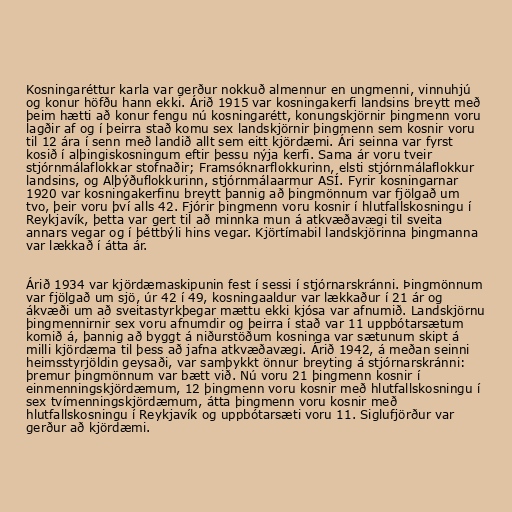
Kosningaréttur karla var gerður nokkuð almennur en ungmenni, vinnuhjú
og konur höfðu hann ekki. Árið 1915 var kosningakerfi landsins breytt með
þeim hætti að konur fengu nú kosningarétt, konungskjörnir þingmenn voru
lagðir af og í þeirra stað komu sex landskjörnir þingmenn sem kosnir voru
til 12 ára í senn með landið allt sem eitt kjördæmi. Ári seinna var fyrst
kosið í alþingiskosningum eftir þessu nýja kerfi. Sama ár voru tveir
stjórnmálaflokkar stofnaðir; Framsóknarflokkurinn, elsti stjórnmálaflokkur
landsins, og Alþýðuflokkurinn, stjórnmálaarmur ASÍ. Fyrir kosningarnar
1920 var kosningakerfinu breytt þannig að þingmönnum var fjölgað um
tvo, þeir voru því alls 42. Fjórir þingmenn voru kosnir í hlutfallskosningu í
Reykjavík, þetta var gert til að minnka mun á atkvæðavægi til sveita
annars vegar og í þéttbýli hins vegar. Kjörtímabil landskjörinna þingmanna
var lækkað í átta ár.

Árið 1934 var kjördæmaskipunin fest í sessi í stjórnarskránni. Þingmönnum
var fjölgað um sjö, úr 42 í 49, kosningaaldur var lækkaður í 21 ár og
ákvæði um að sveitastyrkþegar mættu ekki kjósa var afnumið. Landskjörnu
þingmennirnir sex voru afnumdir og þeirra í stað var 11 uppbótarsætum
komið á, þannig að byggt á niðurstöðum kosninga var sætunum skipt á
milli kjördæma til þess að jafna atkvæðavægi. Árið 1942, á meðan seinni
heimsstyrjöldin geysaði, var samþykkt önnur breyting á stjórnarskránni:
þremur þingmönnum var bætt við. Nú voru 21 þingmenn kosnir í
einmenningskjördæmum, 12 þingmenn voru kosnir með hlutfallskosningu í
sex tvímenningskjördæmum, átta þingmenn voru kosnir með
hlutfallskosningu í Reykjavík og uppbótarsæti voru 11. Siglufjörður var
gerður að kjördæmi.